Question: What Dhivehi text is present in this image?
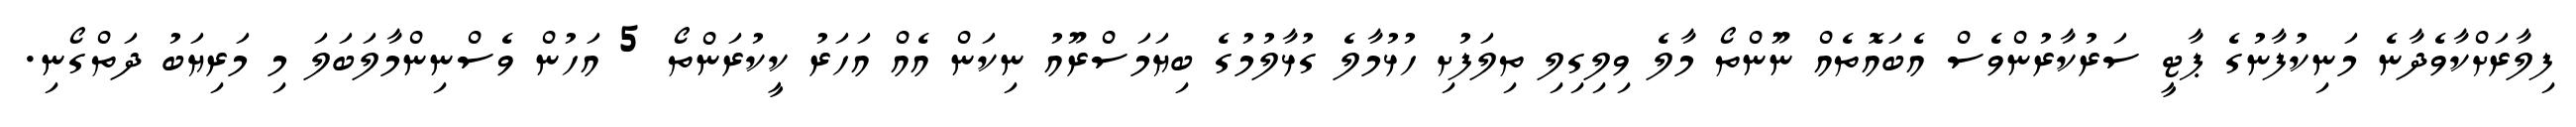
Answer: ފިލާރަށްކާވެދާނެ މަނިކުފާނުގެ ޕާޓީ ސަރުކާރުންވެސް އެބައޮތެއް ނޫންތޯ މާލެ ވިލިގިލި ތިލަފުށި ހުޅުމާލެ ގުޅާލުމުގެ ބިޔަމަސްރޫއު ނިކަން އެއް އަހަރު ކީކުރަންތޯ 5 އަހުން ވެސްނިންމާލަބަލަ މި މަރިޔަބު ދަތްގޯނި.